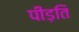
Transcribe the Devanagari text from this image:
पीड़ति